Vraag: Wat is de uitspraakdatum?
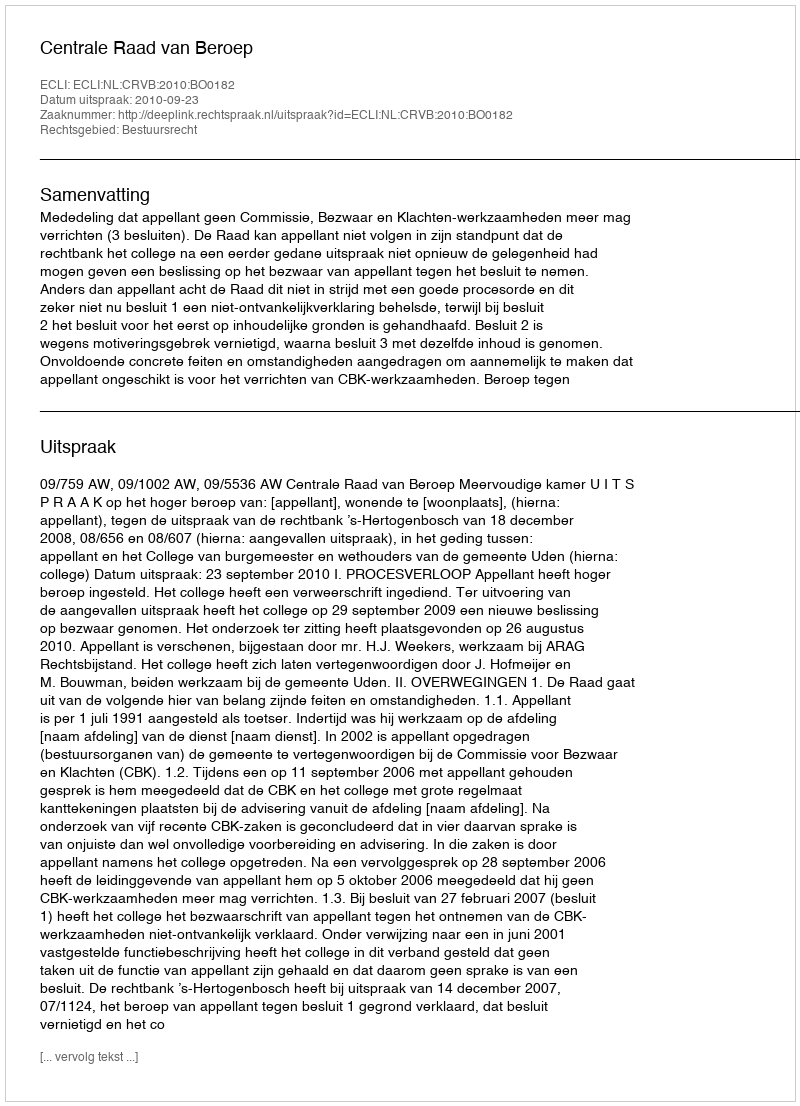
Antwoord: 2010-09-23